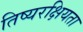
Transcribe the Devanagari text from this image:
तिष्यरक्षियता